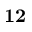
\bf { 1 2 }